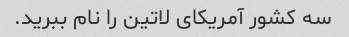
سه کشور آمریکای لاتین را نام ببرید.